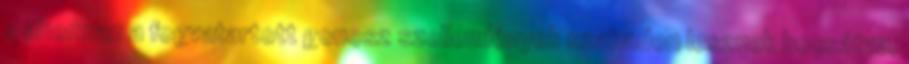
s ahonnan a fogvatartott gonosz szellemlények szabadon lesznek bocsátva,